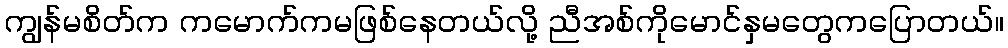
ကျွန်မစိတ်က ကမောက်ကမဖြစ်နေတယ်လို့ ညီအစ်ကိုမောင်နှမတွေကပြောတယ်။